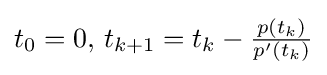
t_{0}=0,\,t_{k+1}=t_{k}-{\tfrac {p(t_{k})}{p'(t_{k})}}